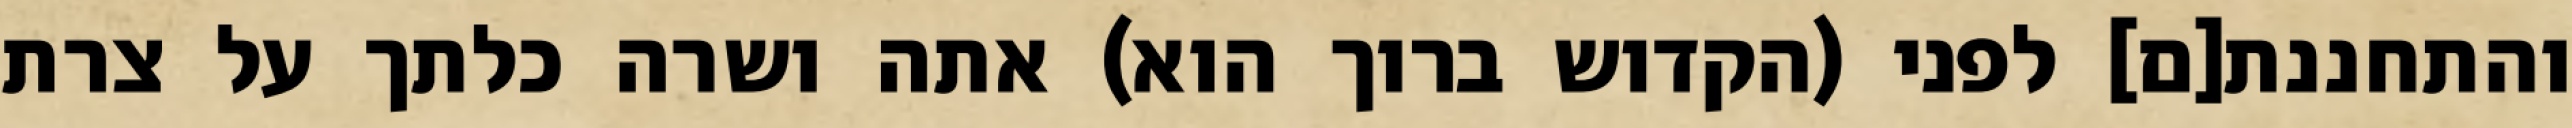
והתחננת[ם] לפני (הקדוש ברוך הוא) אתה ושרה כלתך על צרת